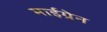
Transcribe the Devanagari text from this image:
माईग्रेन